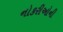
નોકરીઓની